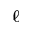
\ell